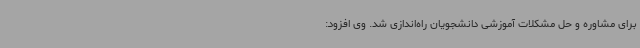
برای مشاوره و حل مشکلات آموزشی دانشجویان راه‌اندازی شد. وی افزود: